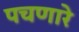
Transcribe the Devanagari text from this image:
पचणारे